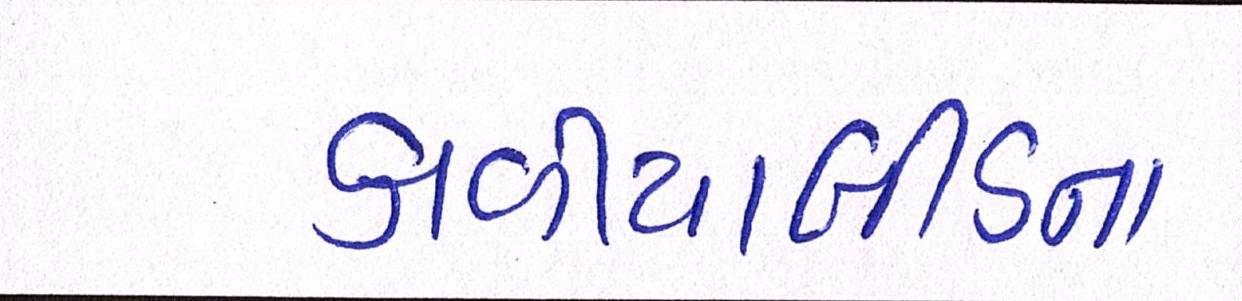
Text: કાળીયાબીડના